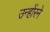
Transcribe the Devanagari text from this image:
उन्होंरने